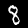
Label: 8